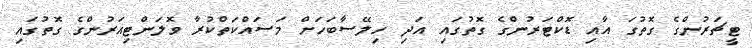
ޓީޗަރުންގެ ގޮތުގަ އާއި ޑޮކްޓަރުންގެ ގޮތުގައި އަދި ހިލޭސާބަހަށް މަސައްކަތްކުރާ ވޮލަންޓިއަރުންގެ ގޮތުގައި